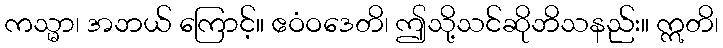
ကသ္မာ၊ အဘယ် ကြောင့်။ ဧဝံဝဒေတိ၊ ဤသို့သင်ဆိုဘိသနည်း။ ဣတိ၊